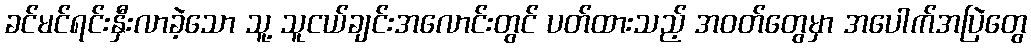
ခင်မင်ရင်းနှီးလာခဲ့သော သူ့ သူငယ်ချင်းအလောင်းတွင် ပတ်ထားသည့် အဝတ်တွေမှာ အပေါက်အပြဲတွေ